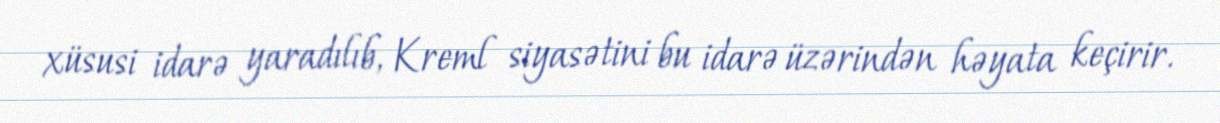
xüsusi idarə yaradılıb, Kreml siyasətini bu idarə üzərindən həyata keçirir.